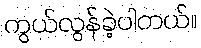
ကွယ်လွန်ခဲ့ပါတယ်။